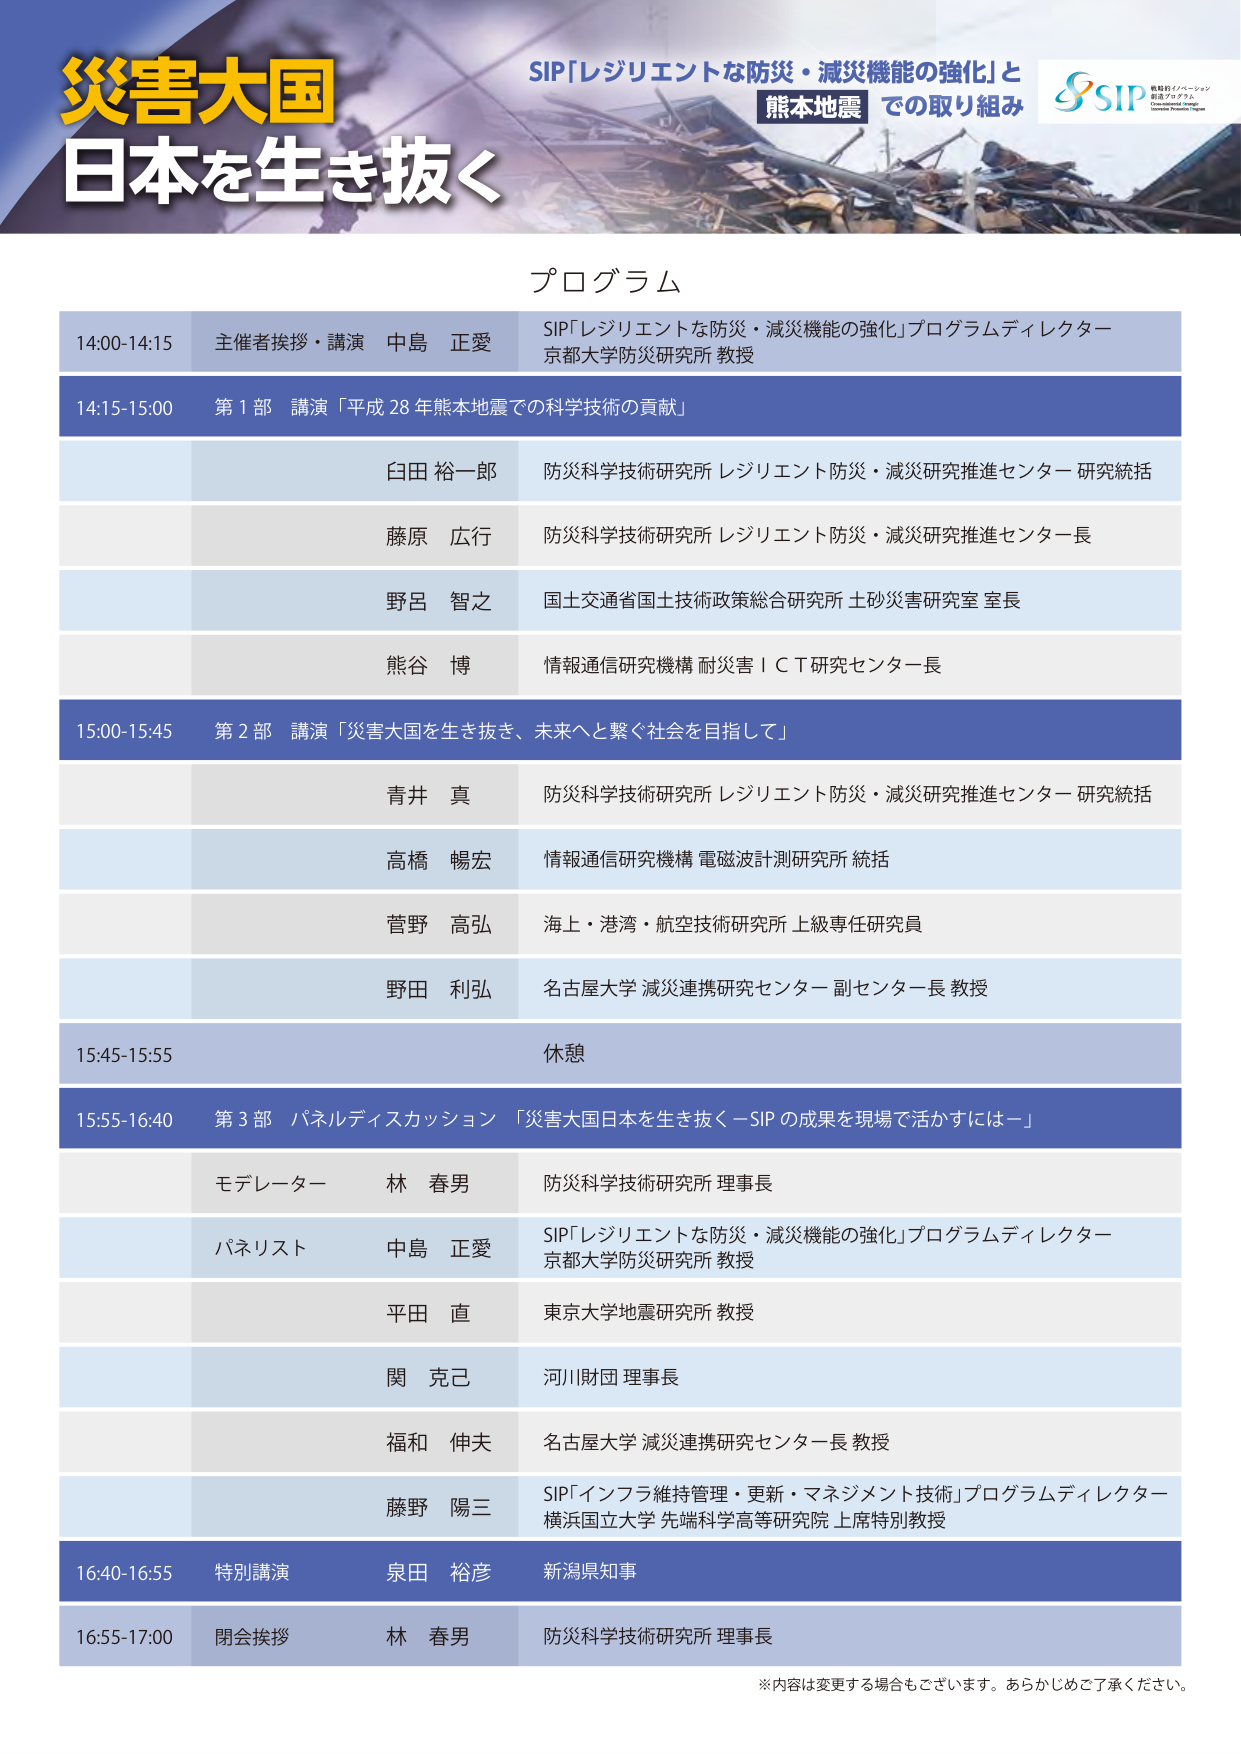
災害大国
日本を生き抜く

SIP「レジリエントな防災・減災機能の強化」と
熊本地震 での取り組み

SIP
戦略的イノベーション創造プログラム
Strategic Innovation Program

プログラム

14:00-14:15 主催者挨拶・講演 中島 正愛
SIP「レジリエントな防災・減災機能の強化」プログラムディレクター
京都大学防災研究所 教授

14:15-15:00 第1部 講演「平成28年熊本地震での科学技術の貢献」

臼田 裕一郎
防災科学技術研究所 レジリエント防災・減災研究推進センター 研究統括

藤原 広行
防災科学技術研究所 レジリエント防災・減災研究推進センター長

野呂 智之
国土交通省国土技術政策総合研究所 土砂災害研究室 室長

熊谷 博
情報通信研究機構 耐災害ＩＣＴ研究センター長

15:00-15:45 第2部 講演「災害大国を生き抜き、未来へと繋ぐ社会を目指して」

青井 真
防災科学技術研究所 レジリエント防災・減災研究推進センター 研究統括

高橋 暢宏
情報通信研究機構 電磁波計測研究所 統括

菅野 高弘
海上・港湾・航空技術研究所 上級専任研究員

野田 利弘
名古屋大学 減災連携研究センター 副センター長 教授

15:45-15:55 休憩

15:55-16:40 第3部 パネルディスカッション「災害大国日本を生き抜く－SIPの成果を現場で活かすには－」

モデレーター 林 春男
防災科学技術研究所 理事長

パネリスト 中島 正愛
SIP「レジリエントな防災・減災機能の強化」プログラムディレクター
京都大学防災研究所 教授

平田 直
東京大学地震研究所 教授

関 克己
河川財団 理事長

福和 伸夫
名古屋大学 減災連携研究センター長 教授

藤野 陽三
SIP「インフラ維持管理・更新・マネジメント技術」プログラムディレクター
横浜国立大学 先端科学高等研究院 上席特別教授

16:40-16:55 特別講演 泉田 裕彦
新潟県知事

16:55-17:00 閉会挨拶 林 春男
防災科学技術研究所 理事長

※内容は変更する場合もございます。あらかじめご了承ください。